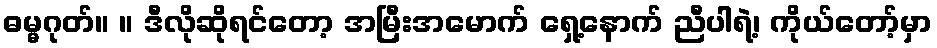
ဓမ္မဂုတ်။ ။ ဒီလိုဆိုရင်တော့ အမြီးအမောက် ရှေ့နောက် ညီပါရဲ့၊ ကိုယ်တော့်မှာ